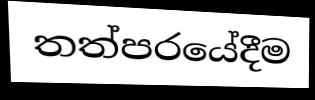
තත්පරයේදීම